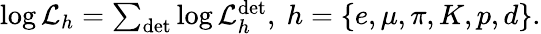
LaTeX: \begin{array}{r}{\log\mathcal{L}_{h}=\sum_{\mathrm{det}}\log\mathcal{L}_{h}^{\mathrm{det}},~h=\{ e,\mu,\pi,K,p,d\} .}\end{array}